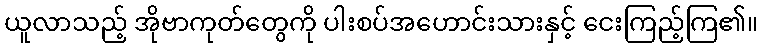
ယူလာသည့် အိုဗာကုတ်တွေကို ပါးစပ်အဟောင်းသားနှင့် ငေးကြည့်ကြ၏။